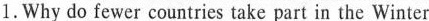
1.Why do fewer countries take part in the Winter